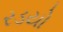
રડયો